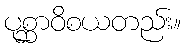
ပုစ္ဆာဝိစယတည်း။